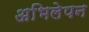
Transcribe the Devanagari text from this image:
अभिलेपन